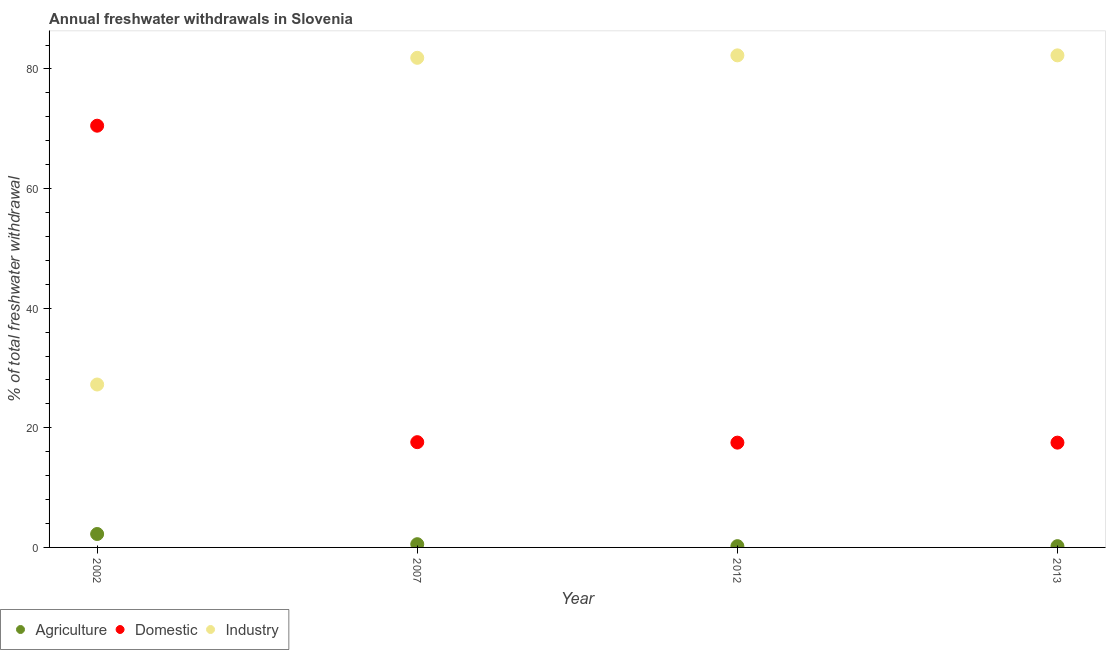
| Year | Agriculture | Domestic | Industry |
 | --- | --- | --- | --- |
 | 2002 | 2.24 | 70.5 | 27.2 |
 | 2007 | 0.54 | 17.6 | 81.9 |
 | 2012 | 0.212 | 17.5 | 82.3 |
 | 2013 | 0.212 | 17.5 | 82.3 |